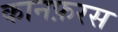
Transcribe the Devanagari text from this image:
कानफ़रस